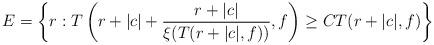
LaTeX: \begin{align*}E=\left\{r:T\left(r+|c|+\frac{r+|c|}{\xi(T(r+|c|,f))},f\right)\geq CT(r+|c|,f)\right\}\end{align*}